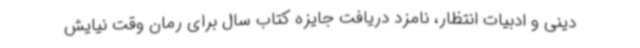
دینی و ادبیات انتظار، نامزد دریافت جایزه کتاب سال برای رمان وقت نیایش